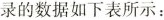
录的数据如下表所示：